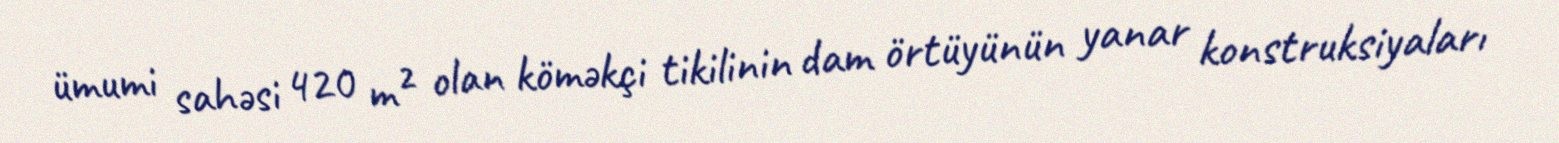
ümumi sahəsi 420 m² olan köməkçi tikilinin dam örtüyünün yanar konstruksiyaları